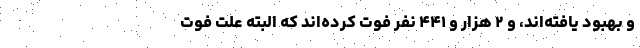
و بهبود یافته‌اند، و ۲ هزار و ۴۴۱ نفر فوت کرده‌اند که البته علت فوت